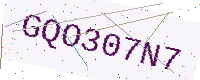
Text: GQO307N7